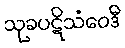
သုခပဋိသံဝေဒီ